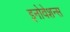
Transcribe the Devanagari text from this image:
इनोवेशन्स